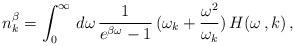
LaTeX: \begin{align*}n^{\beta }_{k} = \int_{0}^{\infty }\,d\omega \,\frac{1}{e^{\beta \omega }- 1}\,(\omega_{k} + \frac{\omega ^{2}}{\omega_{k}} )\,H(\omega \,, k) \,,\end{align*}